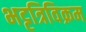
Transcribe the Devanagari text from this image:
भट्टत्रिविक्रम